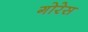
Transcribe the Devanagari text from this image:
गोरेस